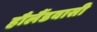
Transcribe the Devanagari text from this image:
हौलैंडवासी